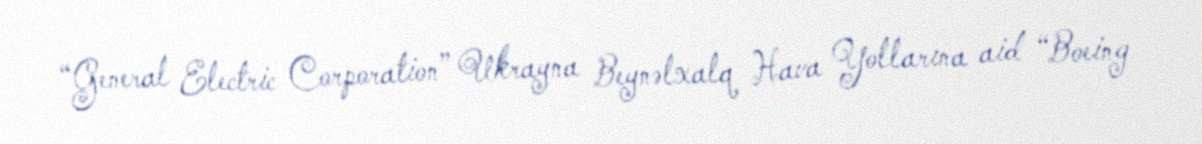
“General Electric Corporation” Ukrayna Beynəlxalq Hava Yollarına aid “Boeing